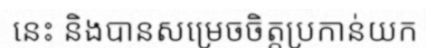
នេះ និងបានសម្រេចចិត្តប្រកាន់យក